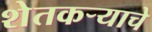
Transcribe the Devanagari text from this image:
शेतकऱ्याचे